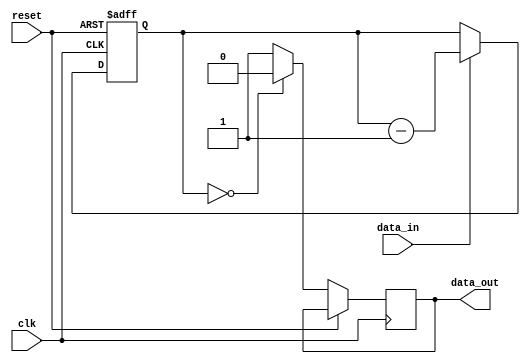
module almost_empty_fifo (
    input wire clk,
    input wire reset,
    input wire data_in,
    output reg data_out
);

reg [3:0] count;

always @(posedge clk or posedge reset) begin
    if (reset) begin
        count <= 4'b0;
    end else begin
        if (count == 4'b0) begin
            data_out <= 1'b0; // Notify that the FIFO buffer is almost empty
        end else begin
            data_out <= 1'b1; // Keep data flowing
        end
        
        if (data_in) begin
            count <= count - 1;
        end
    end
end

endmodule